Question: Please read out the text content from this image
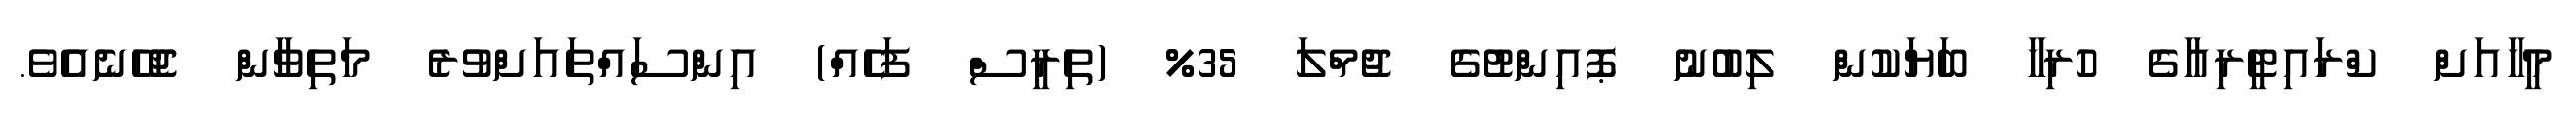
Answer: މީހާއަށް ކްރައިޓީރިއާގެ ހުރިހާ ބަޔަކުން ލިބުނު ޕޮއިންޓުގެ ޖުމްލަ 35% (ތިރީސް ފަހެއް) އިންސައްތައަށްވުރެ މަތިވާން ޖެހޭނެއެވެ.